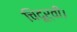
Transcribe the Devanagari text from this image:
चिदूर्वी।